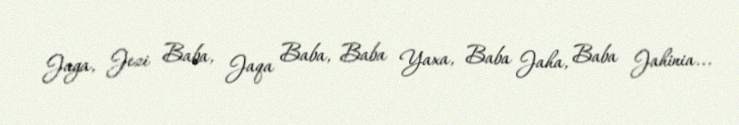
Jaga, Jezi Baba, Jaqa Baba, Baba Yaxa, Baba Jaha, Baba Jahinia...